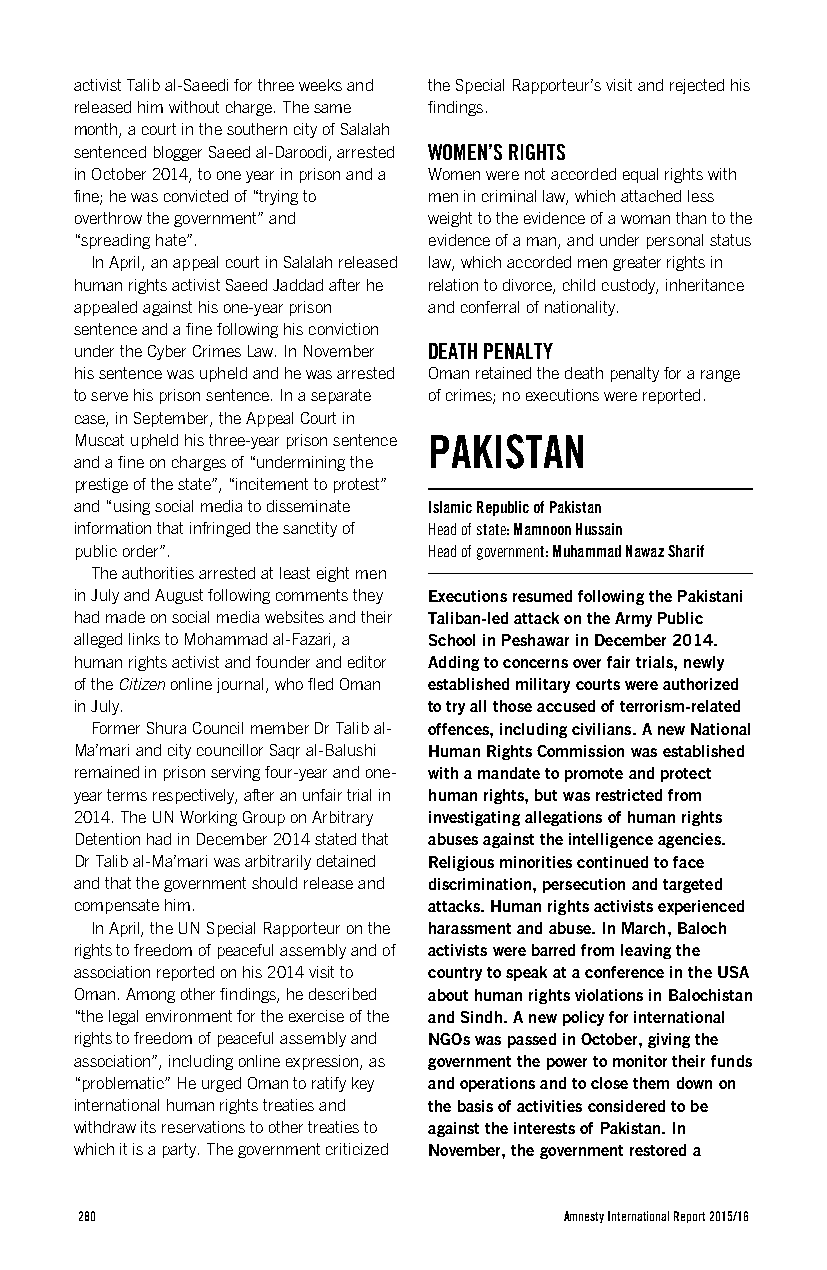
activist Talib al-Saeedi for three weeks and the Special Rapporteur’s visit and rejected his
 released him without charge. The same findings.
 month, a court in the southern city of Salalah
 sentenced blogger Saeed al-Daroodi, arrested WOMEN’S RIGHTS
 in October 2014, to one year in prison and a Women were not accorded equal rights with
 fine; he was convicted of “trying to men in criminal law, which attached less
 overthrow the government” and weight to the evidence of a woman than to the
 “spreading hate”.      evidence of a man, and under personal status
 In April, an appeal court in Salalah released law, which accorded men greater rights in
 human rights activist Saeed Jaddad after he relation to divorce, child custody, inheritance
 appealed against his one-year prison and conferral of nationality.
 sentence and a fine following his conviction
 under the Cyber Crimes Law. In November DEATH PENALTY
 his sentence was upheld and he was arrested Oman retained the death penalty for a range
 to serve his prison sentence. In a separate of crimes; no executions were reported.
 case, in September, the Appeal Court in
 Muscat upheld his three-year prison sentence PAKISTAN
 and a fine on charges of “undermining the
 prestige of the state”, “incitement to protest”
 and “using social media to disseminate Islamic Republic of Pakistan
 information that infringed the sanctity of Head of state: Mamnoon Hussain
 public order”.         Head of government: Muhammad Nawaz Sharif
 The authorities arrested at least eight men
 in July and August following comments they Executions resumed following the Pakistani
 had made on social media websites and their Taliban-led attack on the Army Public
 alleged links to Mohammad al-Fazari, a School in Peshawar in December 2014.
 human rights activist and founder and editor Adding to concerns over fair trials, newly
 of the Citizen online journal, who fled Oman established military courts were authorized
 in July.               to try all those accused of terrorism-related
 Former Shura Council member Dr Talib al- offences, including civilians. A new National
 Ma’mari and city councillor Saqr al-Balushi Human Rights Commission was established
 remained in prison serving four-year and one- with a mandate to promote and protect
 year terms respectively, after an unfair trial in human rights, but was restricted from
 2014. The UN Working Group on Arbitrary investigating allegations of human rights
 Detention had in December 2014 stated that abuses against the intelligence agencies.
 Dr Talib al-Ma’mari was arbitrarily detained Religious minorities continued to face
 and that the government should release and discrimination, persecution and targeted
 compensate him.        attacks. Human rights activists experienced
 In April, the UN Special Rapporteur on the harassment and abuse. In March, Baloch
 rights to freedom of peaceful assembly and of activists were barred from leaving the
 association reported on his 2014 visit to country to speak at a conference in the USA
 Oman. Among other findings, he described about human rights violations in Balochistan
 “the legal environment for the exercise of the and Sindh. A new policy for international
 rights to freedom of peaceful assembly and NGOs was passed in October, giving the
 association”, including online expression, as government the power to monitor their funds
 “problematic” He urged Oman to ratify key and operations and to close them down on
 international human rights treaties and the basis of activities considered to be
 withdraw its reservations to other treaties to against the interests of Pakistan. In
 which it is a party. The government criticized November, the government restored a
 280                             Amnesty International Report 2015/16